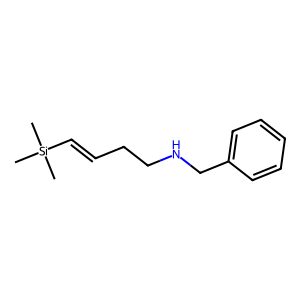
SMILES: C[Si](C)(C)C=CCCNCc1ccccc1
Inhibits HIV replication: No